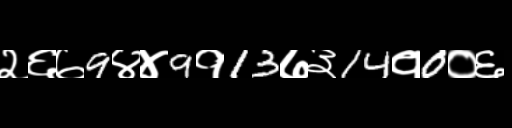
Text: २६७9४४9१13७३14१0०६